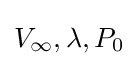
V_{\infty },\lambda ,P_{0}